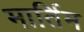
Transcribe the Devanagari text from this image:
मार्तिम